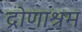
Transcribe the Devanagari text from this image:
द्रोणाश्रम